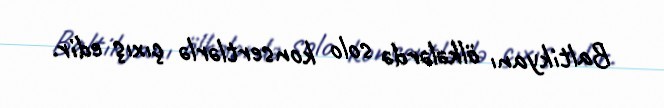
Baltikyanı ölkələrdə solo konsertlərlə çıxış edir.